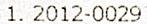
1. 2012-0029